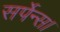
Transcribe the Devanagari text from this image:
सर्पेन्स।